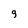
Character: 9